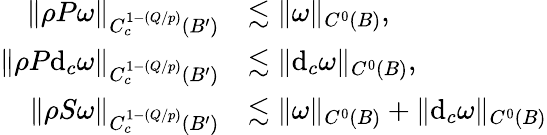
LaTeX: \begin{array}{rl}{\| \rho P\omega\| _{C_{c}^{1-(Q/p)}(B^{\prime})}}&{\lesssim\| \omega\| _{C^{0}(B)},}\\ {\| \rho P\mathrm{d}_{c}\omega\| _{C_{c}^{1-(Q/p)}(B^{\prime})}}&{\lesssim\| \mathrm{d}_{c}\omega\| _{C^{0}(B)},}\\ {\| \rho S\omega\| _{C_{c}^{1-(Q/p)}(B^{\prime})}}&{\lesssim\| \omega\| _{C^{0}(B)}+\| \mathrm{d}_{c}\omega\| _{C^{0}(B)}}\end{array}